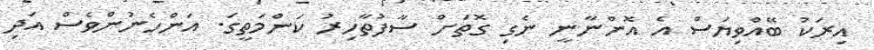
އިރަކު ބޭއްވިޔަސް އެ އޮންނާނީ ނެގި ގޮތަށް ސާފުތާހިރު ކަންމަތީގަ. އަންހެނުންވެސް އަދި